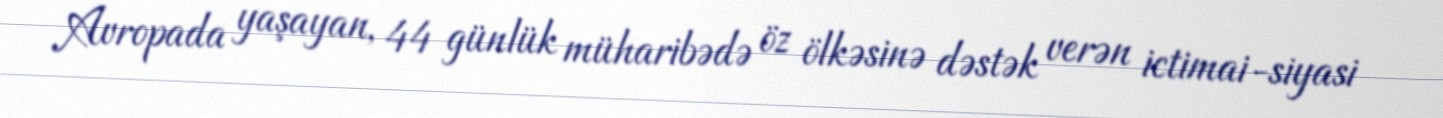
Avropada yaşayan, 44 günlük müharibədə öz ölkəsinə dəstək verən ictimai-siyasi